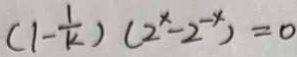
( 1 - \frac { 1 } { k } ) ( 2 ^ { x } - 2 ^ { - x } ) = 0